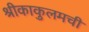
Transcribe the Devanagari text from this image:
श्रीकाकुलमची